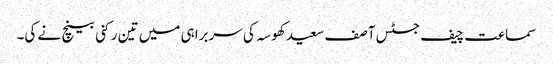
سماعت چیف جسٹس آصف سعید کھوسہ کی سربراہی میں تین رکنی بینچ نے کی۔